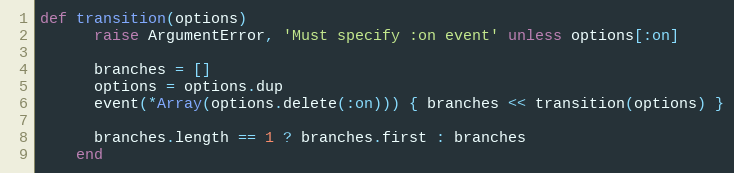
Language: Ruby
def transition(options)
      raise ArgumentError, 'Must specify :on event' unless options[:on]

      branches = []
      options = options.dup
      event(*Array(options.delete(:on))) { branches << transition(options) }

      branches.length == 1 ? branches.first : branches
    end